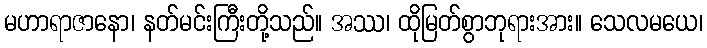
မဟာရာဇာနော၊ နတ်မင်းကြီးတို့သည်။ အဿ၊ ထိုမြတ်စွာဘုရားအား။ သေလမယေ၊